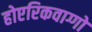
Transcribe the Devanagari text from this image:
होएरिकवाग्गो